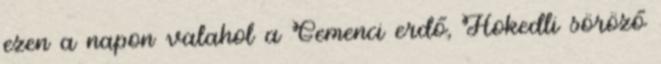
ezen a napon valahol a Gemenci erdő, Hokedli söröző